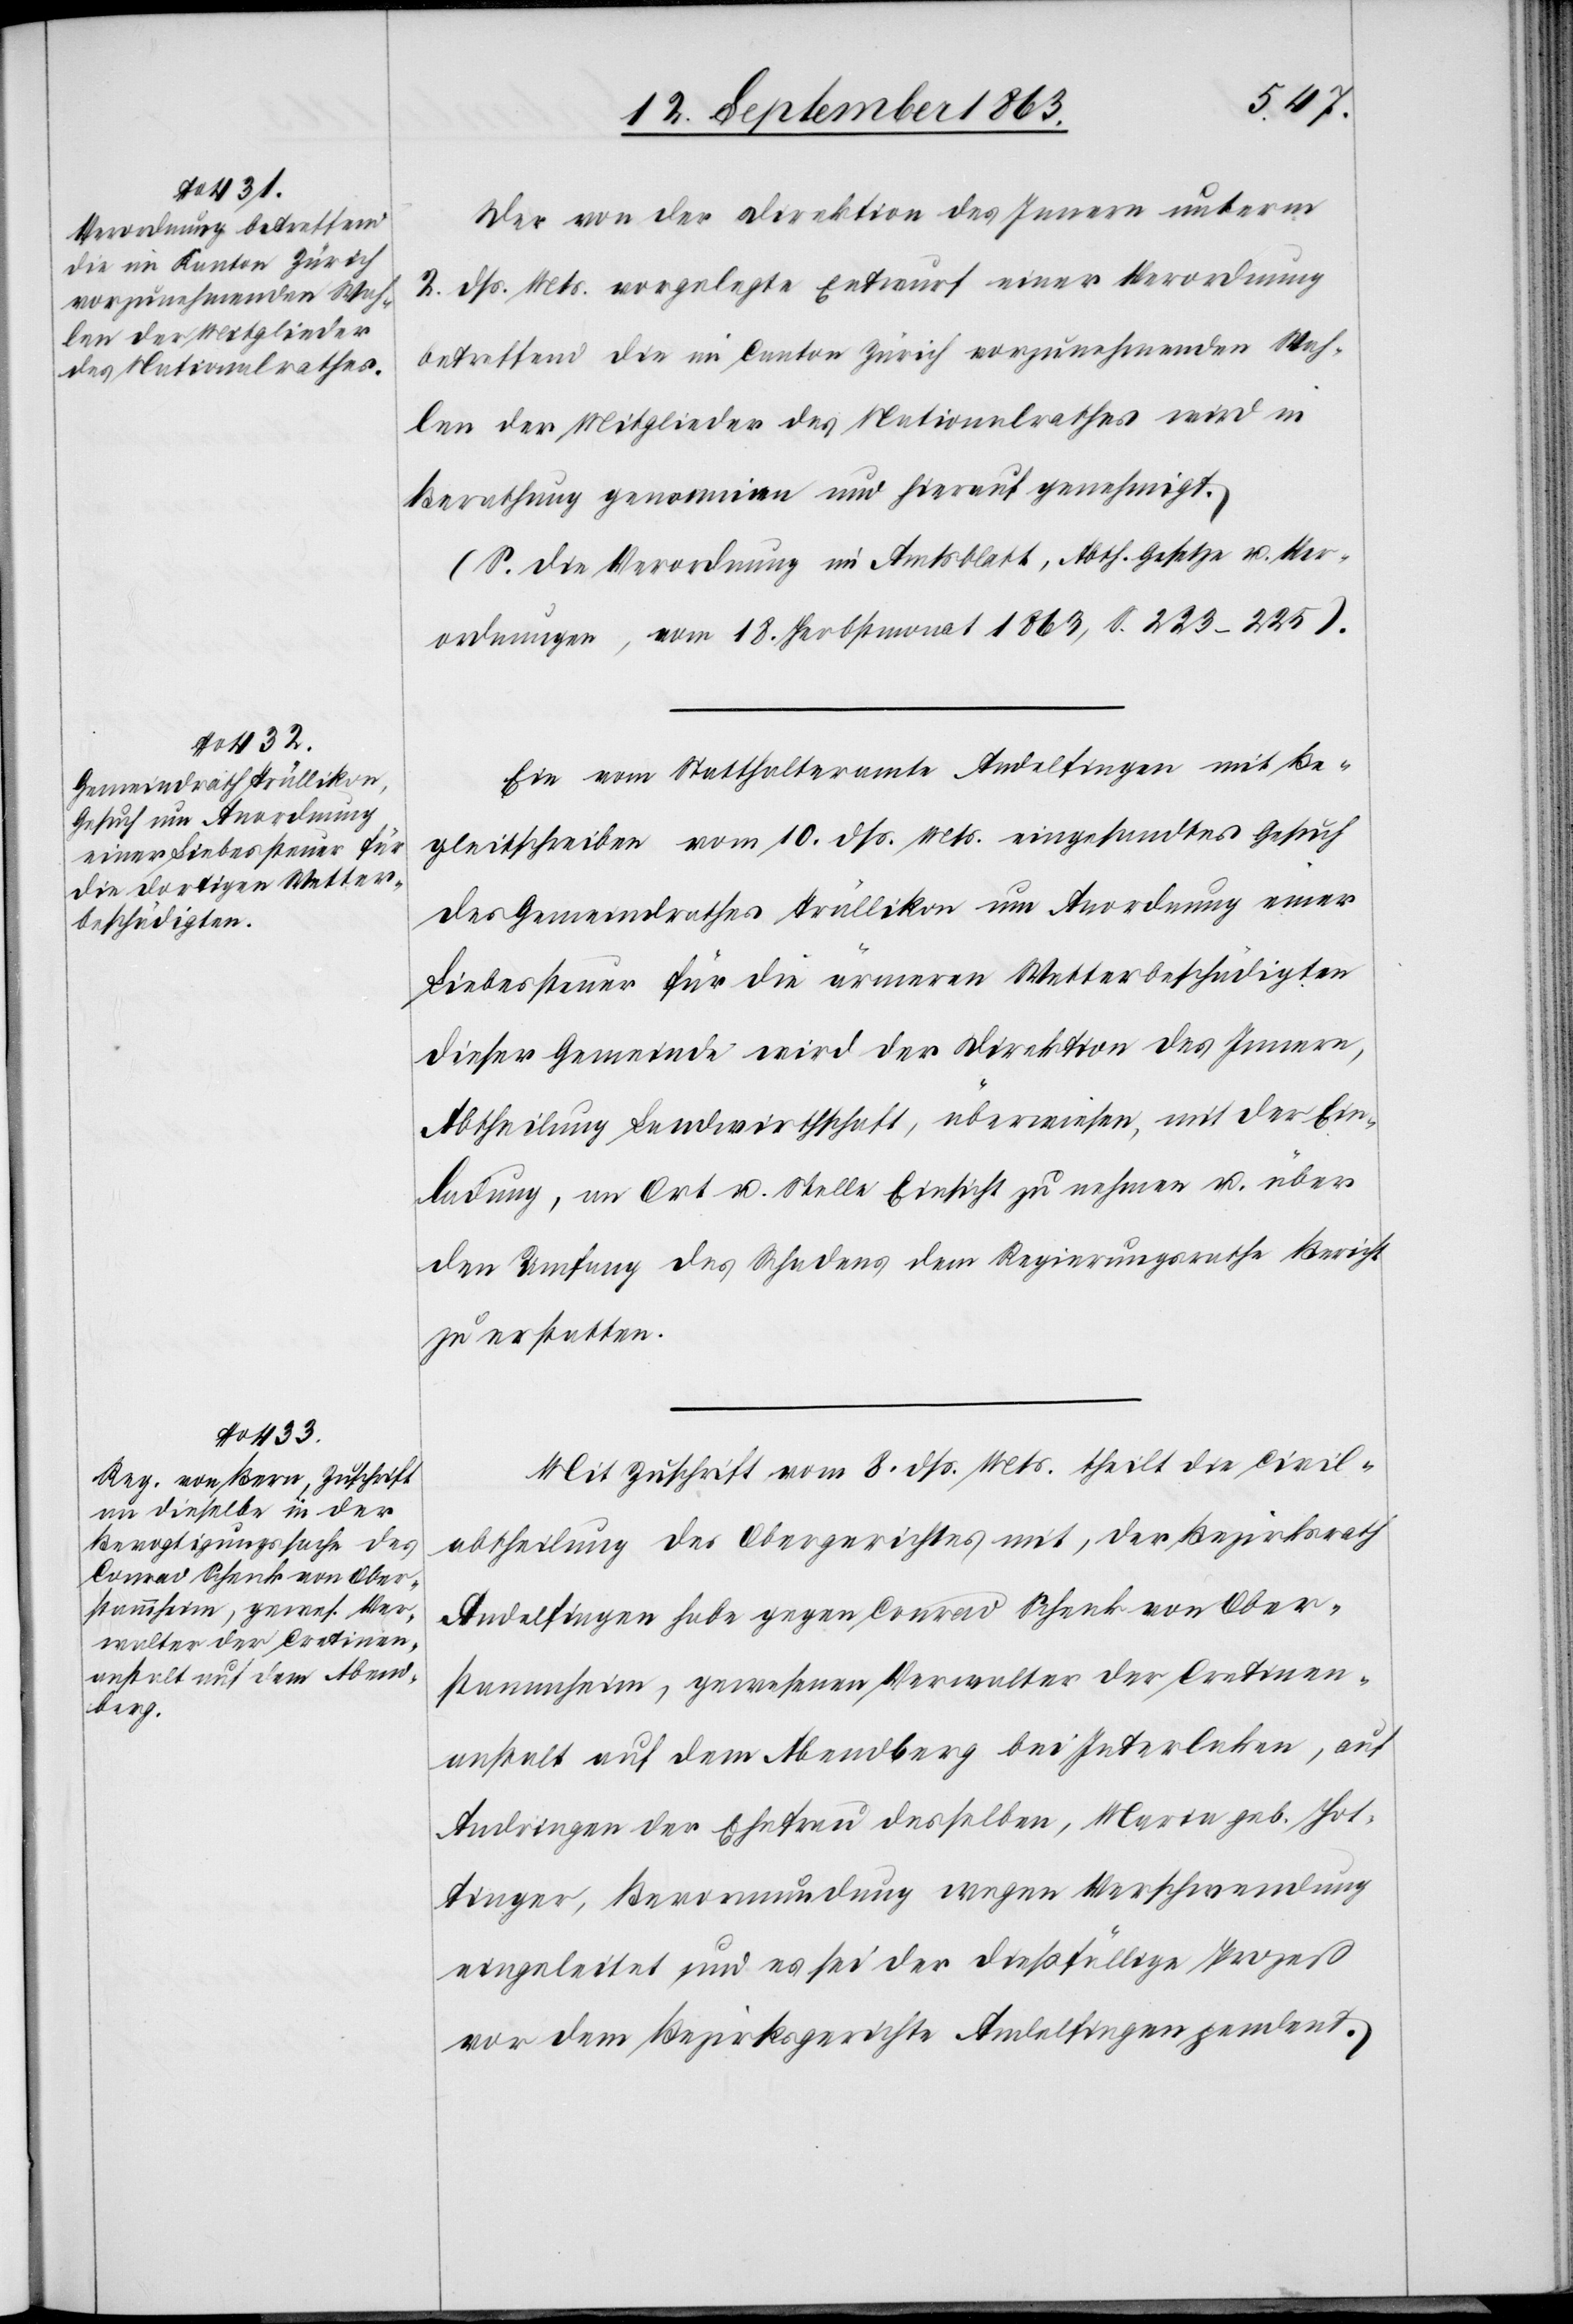
Der von der Direktion des Innern unterm
2. dß. Mts. vorgelegte Entwurf einer Verordnung
betreffend die im Canton Zürich vorzunehmenden Wah¬
len der Mitglieder des Nationalrathes wird in
Berathung genommen und hierauf genehmigt.
(S. die Verordnung im Amtsblatt, Abth. Gesetze u. Ver¬
ordnungen, vom 18. Herbstmonat 1863, S. 223–225).
Ein vom Statthalteramte Andelfingen mit Be¬
gleitschreiben vom 10. dß. Mts. eingesandtes Gesuch
des Gemeindrathes Trüllikon um Anordnung einer
Liebessteuer für die ärmeren Wetterbeschädigten
dieser Gemeinde wird der Direktion des Innern,
Abtheilung Landwirthschaft, überwiesen, mit der Ein¬
ladung, an Ort u. Stelle Einsicht zu nehmen u. über
den Umfang des Schadens dem Regierungsrathe Bericht
zu erstatten.
Mit Zuschrift vom 8. dß. Mts. theilt der Civil¬
abtheilung des Obergerichtes mit, der Bezirksrath
Andelfingen habe gegen Conrad Schenk von Ober¬
stammheim, gewesenen Verwalter der Cretinen¬
anstalt auf dem Abendberg bei Interlaken, auf
Andringen der Ehefrau desselben, Maria geb. Hot¬
tinger, Bevormundung wegen Verschwendung
eingeleitet und es sei der dießfällige Prozeß
vor dem Bezirksgerichte Andelfingen pendent.